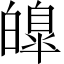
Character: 皥